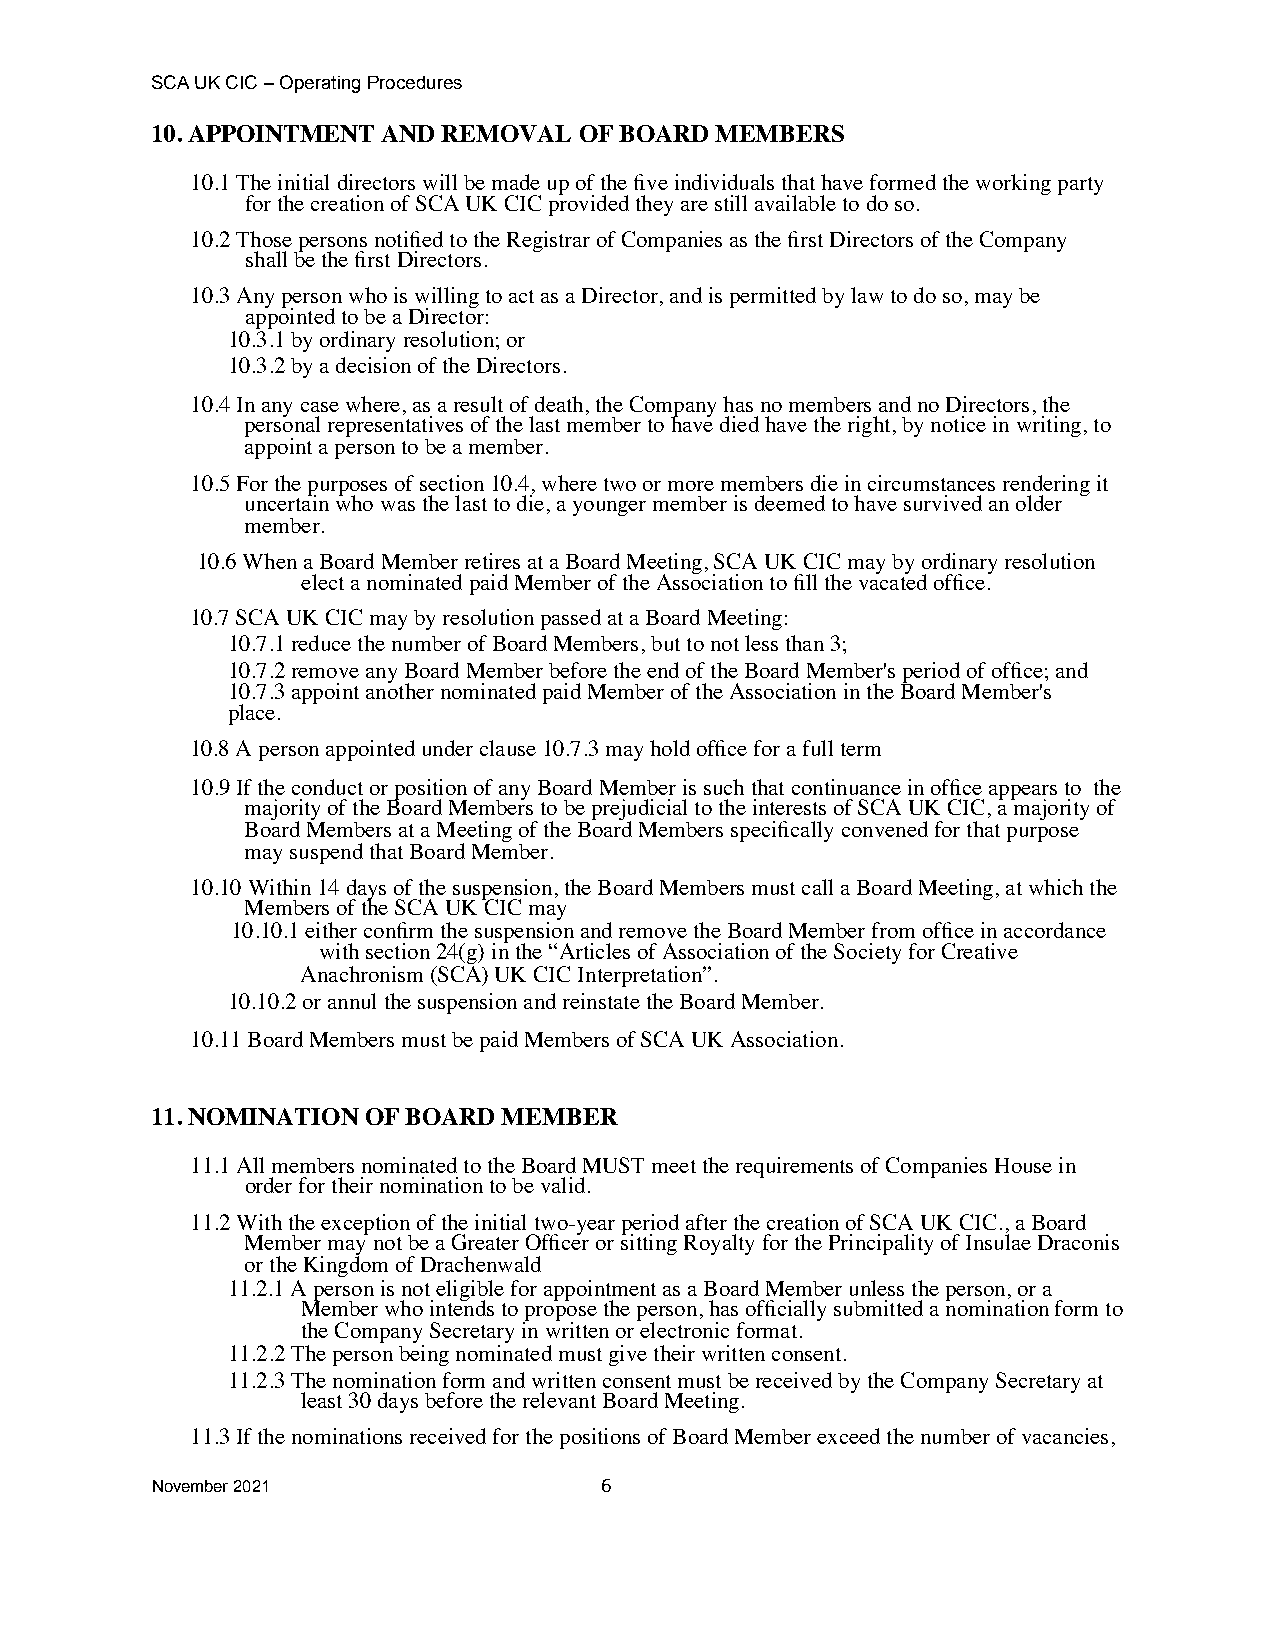
SCA UK CIC – Operating Procedures
 10. APPOINTMENT AND REMOVAL OF BOARD MEMBERS
 10.1 The initial directors will be made up of the five individuals that have formed the working party
 for the creation of SCA UK CIC provided they are still available to do so.
 10.2 Those persons notified to the Registrar of Companies as the first Directors of the Company
 shall be the first Directors.
 10.3 Any person who is willing to act as a Director, and is permitted by law to do so, may be
 appointed to be a Director:
 10.3.1 by ordinary resolution; or
 10.3.2 by a decision of the Directors.
 10.4 In any case where, as a result of death, the Company has no members and no Directors, the
 personal representatives of the last member to have died have the right, by notice in writing, to
 appoint a person to be a member.
 10.5 For the purposes of section 10.4, where two or more members die in circumstances rendering it
 uncertain who was the last to die, a younger member is deemed to have survived an older
 member.
 10.6 When a Board Member retires at a Board Meeting, SCA UK CIC may by ordinary resolution
 elect a nominated paid Member of the Association to fill the vacated office.
 10.7 SCA UK CIC may by resolution passed at a Board Meeting:
 10.7.1 reduce the number of Board Members, but to not less than 3;
 10.7.2 remove any Board Member before the end of the Board Member's period of office; and
 10.7.3 appoint another nominated paid Member of the Association in the Board Member's
 place.
 10.8 A person appointed under clause 10.7.3 may hold office for a full term
 10.9 If the conduct or position of any Board Member is such that continuance in office appears to the
 majority of the Board Members to be prejudicial to the interests of SCA UK CIC, a majority of
 Board Members at a Meeting of the Board Members specifically convened for that purpose
 may suspend that Board Member.
 10.10 Within 14 days of the suspension, the Board Members must call a Board Meeting, at which the
 Members of the SCA UK CIC may
 10.10.1 either confirm the suspension and remove the Board Member from office in accordance
 with section 24(g) in the “Articles of Association of the Society for Creative
 Anachronism (SCA) UK CIC Interpretation”.
 10.10.2 or annul the suspension and reinstate the Board Member.
 10.11 Board Members must be paid Members of SCA UK Association.
 11. NOMINATION OF BOARD MEMBER
 11.1 All members nominated to the Board MUST meet the requirements of Companies House in
 order for their nomination to be valid.
 11.2 With the exception of the initial two-year period after the creation of SCA UK CIC., a Board
 Member may not be a Greater Officer or sitting Royalty for the Principality of Insulae Draconis
 or the Kingdom of Drachenwald
 11.2.1 A person is not eligible for appointment as a Board Member unless the person, or a
 Member who intends to propose the person, has officially submitted a nomination form to
 the Company Secretary in written or electronic format.
 11.2.2 The person being nominated must give their written consent.
 11.2.3 The nomination form and written consent must be received by the Company Secretary at
 least 30 days before the relevant Board Meeting.
 11.3 If the nominations received for the positions of Board Member exceed the number of vacancies,
 November 2021                 6